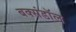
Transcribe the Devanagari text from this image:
बक्संडाॅल